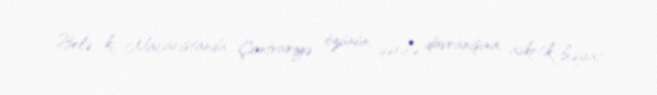
Belə ki, Macarıstanda Çontvariyə özünün qəribə davranışına, asketik həyat